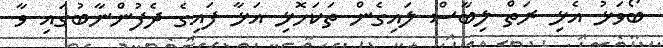
ބޯވަޅު އެޅި ރަތް ލިބާސް ލައިގެން ތަކަހޮޅި އަޅާ ފައިގެ ދެފުންނާބުގައި ވާ